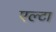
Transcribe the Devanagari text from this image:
एल्टा